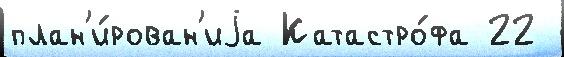
план'и́рован'иjа Катастро́фа 22